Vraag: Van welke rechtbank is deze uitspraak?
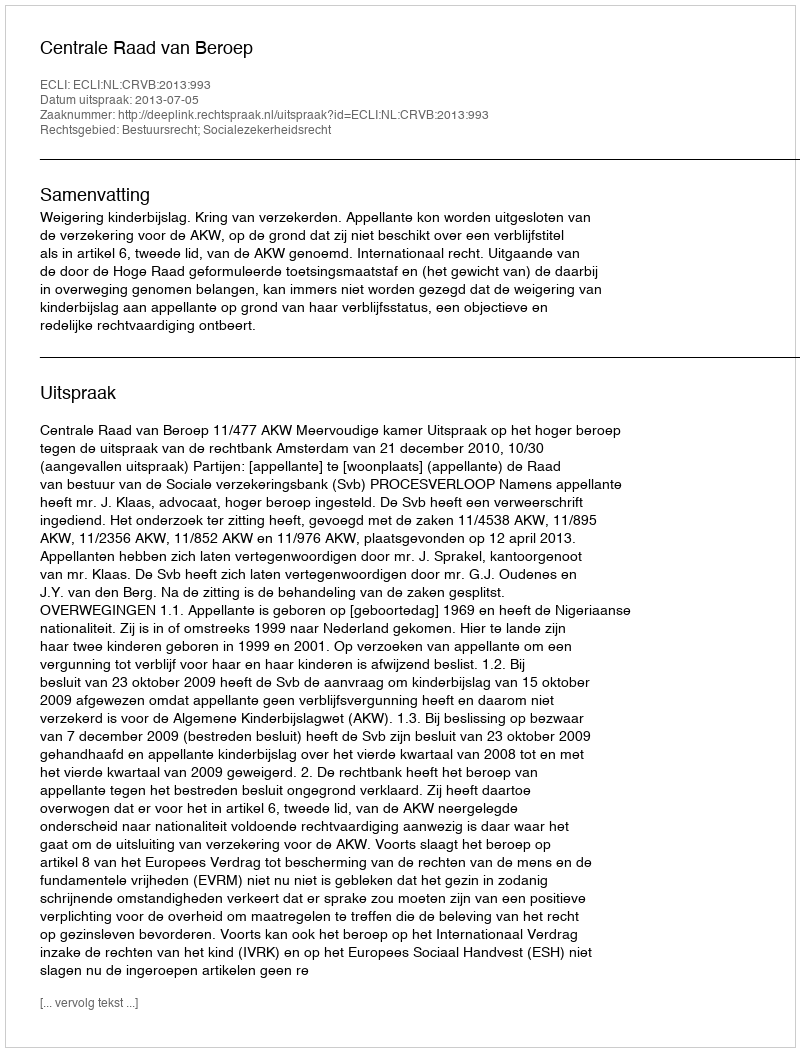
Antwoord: Centrale Raad van Beroep